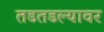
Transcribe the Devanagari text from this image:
तडतडल्यावर